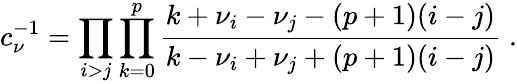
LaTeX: c_{\nu}^{-1}=\prod_{i>j}\prod_{k=0}^{p}\frac{k+\nu_{i}-\nu_{j}-(p+1)(i-j)}{k-\nu_{i}+\nu_{j}+(p+1)(i-j)}\; .